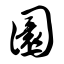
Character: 圜